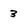
Character: 3